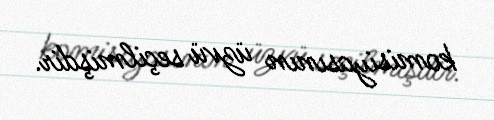
komisiyasının üzvü seçilmişdir.